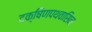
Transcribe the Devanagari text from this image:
दक्षिणपथवासिनः